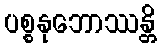
ပစ္စနုဘောဿန္တိ